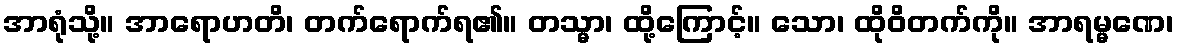
အာရုံသို့။ အာရောဟတိ၊ တက်ရောက်ရ၏။ တသ္မာ၊ ထို့ကြောင့်။ သော၊ ထိုဝိတက်ကို။ အာရမ္မဏေ၊